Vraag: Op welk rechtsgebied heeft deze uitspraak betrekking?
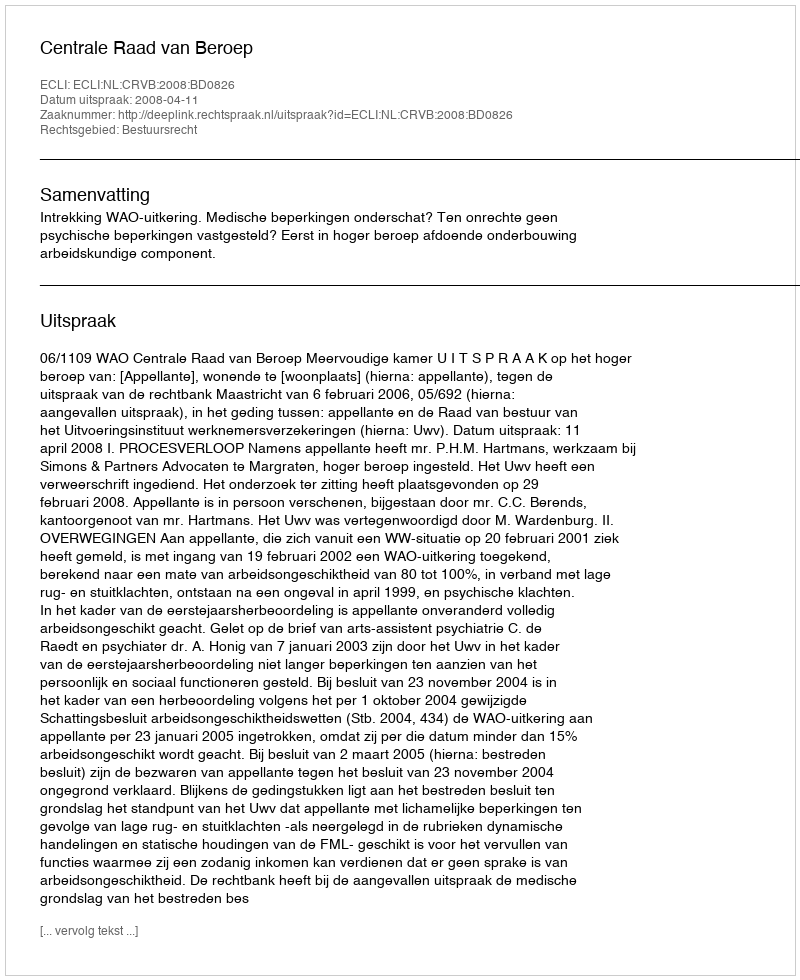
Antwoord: Bestuursrecht